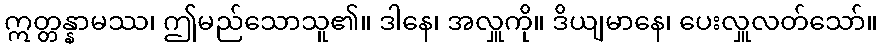
ဣတ္တန္နာမဿ၊ ဤမည်သောသူ၏။ ဒါနေ၊ အလှူကို။ ဒိယျမာနေ၊ ပေးလှူလတ်သော်။